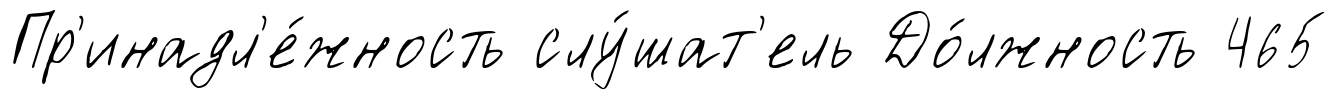
Пр'инадл'е́жность слу́шат'ель До́лжность 465